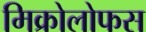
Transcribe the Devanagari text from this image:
मिक्रोलोफस